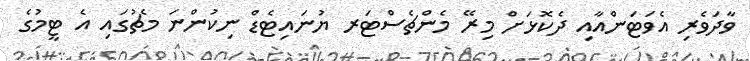
ވާދަވެރި އެވަޓަންއާއި ދެކޮޅަށް މިރޭ މެންޗެސްޓަރ ޔުނައިޓެޑް ނިކުންނަ މެޗުގައި އެ ޓީމުގެ